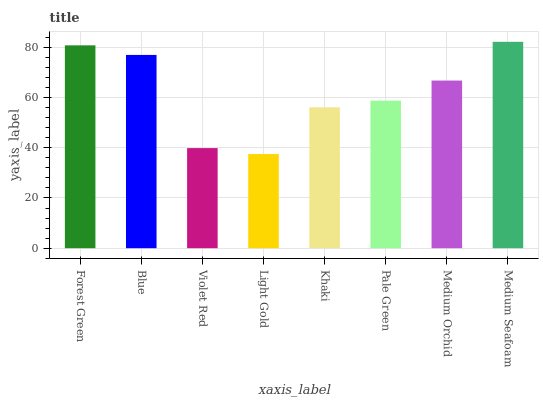
| xaxis_label | bars |
 | --- | --- |
 | Forest Green | 80.8 |
 | Blue | 77 |
 | Violet Red | 39.9 |
 | Light Gold | 37.5 |
 | Khaki | 56.1 |
 | Pale Green | 58.7 |
 | Medium Orchid | 66.8 |
 | Medium Seafoam | 82.2 |